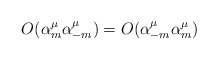
\begin{align*}O(\alpha^\mu_m \alpha^\mu_{-m}) = O(\alpha^\mu_{-m} \alpha^\mu_m)\end{align*}